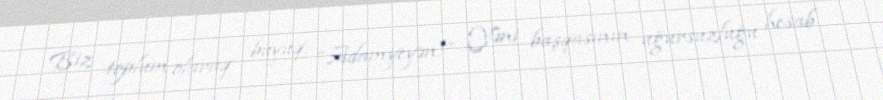
Biz toplum olaraq buyuq: “Adamyeyən!” Yəni başqasının uğursuzluğu hesab